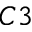
C 3